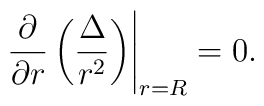
\left.\frac{\partial}{\partial r}\left(\frac{\Delta}{r^2}\right)\right|_{r=R}=0.